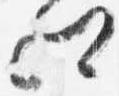
相